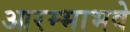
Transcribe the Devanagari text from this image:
आरम्भाभवे